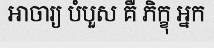
អាចារ្យ បំបួស គឺ ភិក្ខុ អ្នក